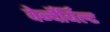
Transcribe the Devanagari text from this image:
वेर्न्देर्बिल्ट